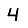
Digit: 4